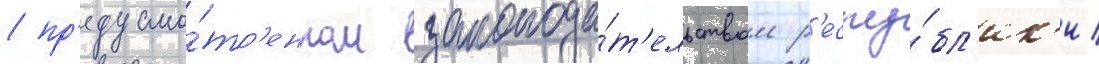
/ пр'едусмо́тр'енном законода́т'ельством р'еспу́бл'ик'и